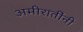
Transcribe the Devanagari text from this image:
अमीरातींनी